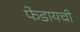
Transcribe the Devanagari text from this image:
फेडायची